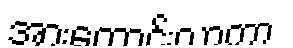
အားကောင်းလာကာ